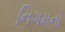
નિગમનો